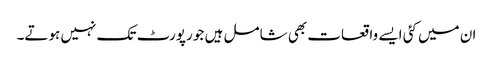
ان میں کئی ایسے واقعات بھی شامل ہیں جو رپورٹ تک نہیں ہوتے۔